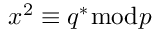
x ^ { 2 } \equiv q ^ { * } { \bmod { p } }